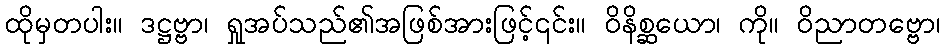
ထိုမှတပါး။ ဒဋ္ဌဗ္ဗာ၊ ရှုအပ်သည်၏အဖြစ်အားဖြင့်၎င်း။ ဝိနိစ္ဆယော၊ ကို။ ဝိညာတဗ္ဗော၊